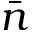
\bar { n }